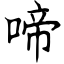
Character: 啼